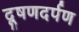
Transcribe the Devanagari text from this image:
दूषणदर्पण